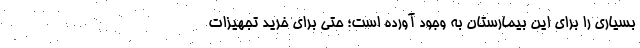
بسیاری را برای این بیمارستان به وجود آورده است؛ حتی برای خرید تجهیزات